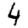
Digit: 4